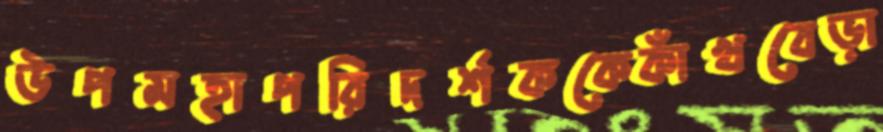
উপমহাপরিদর্শককেকাঁখবেড়া